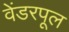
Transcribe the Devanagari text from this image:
वेंडरपूल